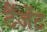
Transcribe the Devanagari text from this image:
टैंजेंट